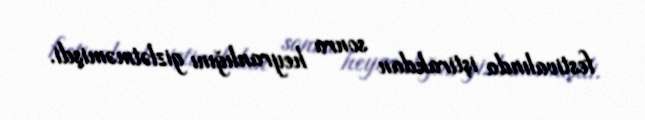
festivalında iştirakdan sonra heyranlığını gizlətməmişdi.